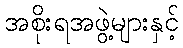
အစိုးရအဖွဲ့များနှင့်